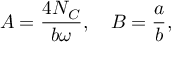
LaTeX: A = \frac { 4 N _ { C } } { b \omega } , \quad B = \frac { a } { b } , \qquad